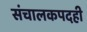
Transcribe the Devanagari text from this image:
संचालकपदही